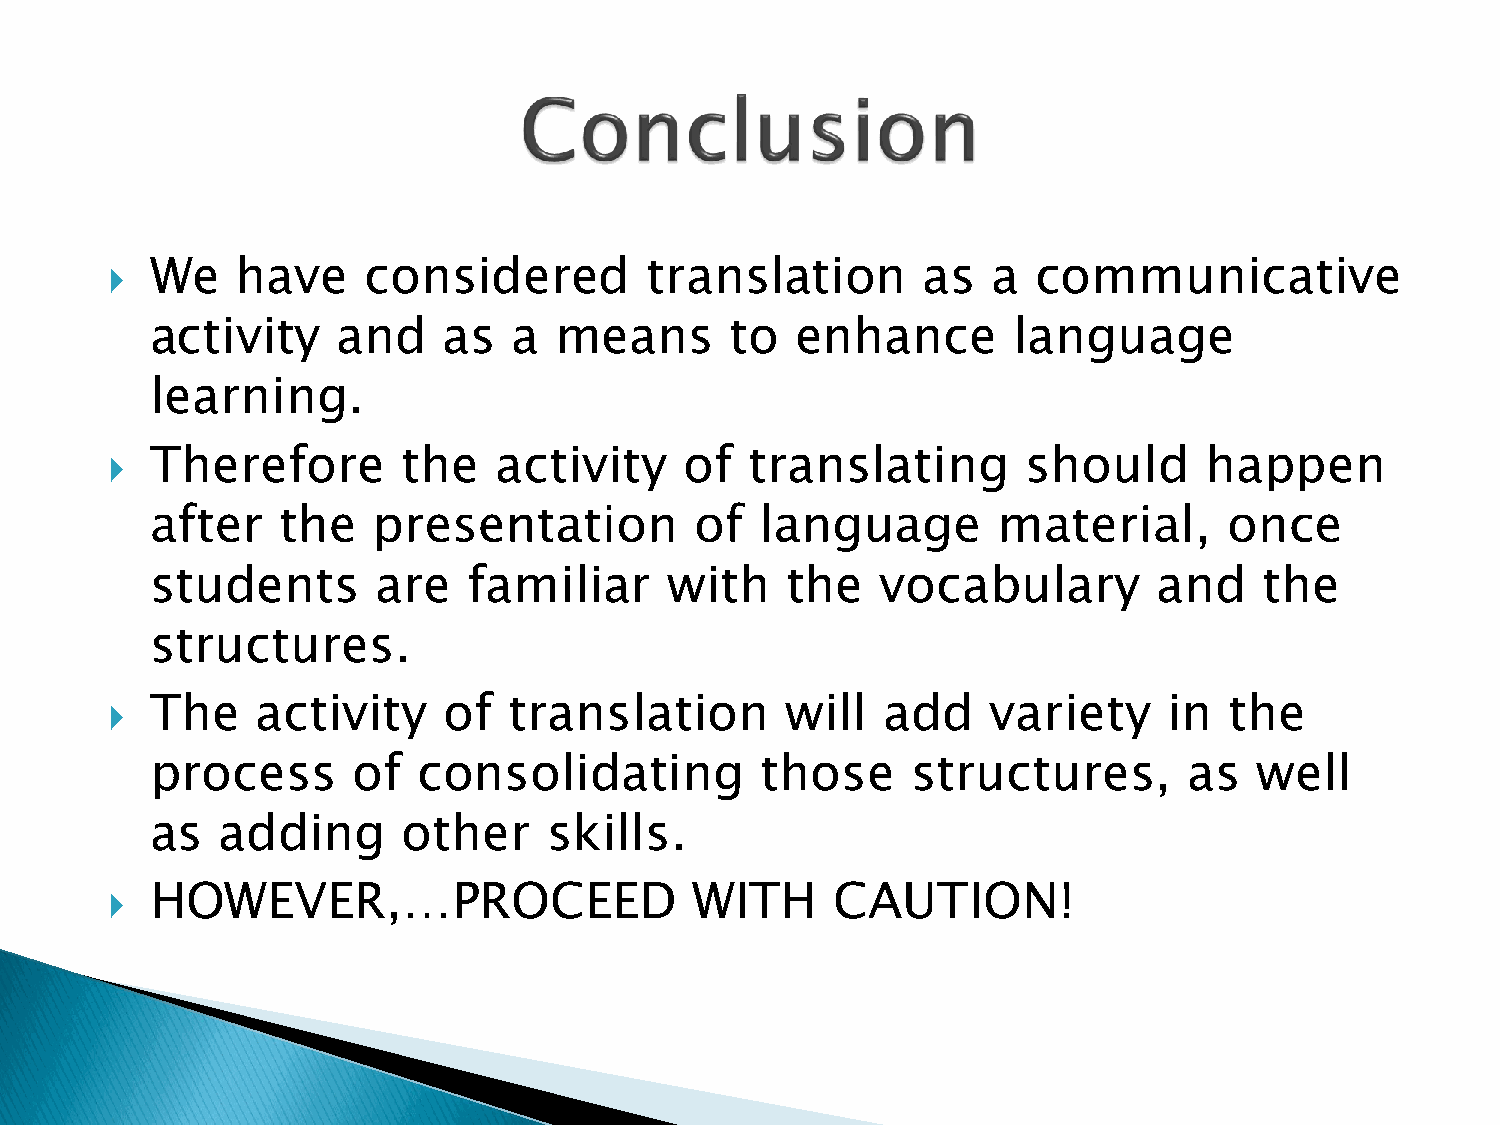
We    have    considered         translation       as   a  communicative
 
 activity    and    as   a  means      to   enhance       language
 learning.
 Therefore        the   activity    of   translating       should      happen
 
 after   the    presentation         of  language        material,      once
 students       are   familiar     with    the   vocabulary         and    the
 structures.
 The    activity    of   translation       will  add     variety    in  the
 
 process      of   consolidating         those     structures,        as  well
 as  adding       other    skills.
 HOWEVER,…PROCEED                    WITH     CAUTION!
 